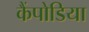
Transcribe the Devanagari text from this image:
कैंपोडिया